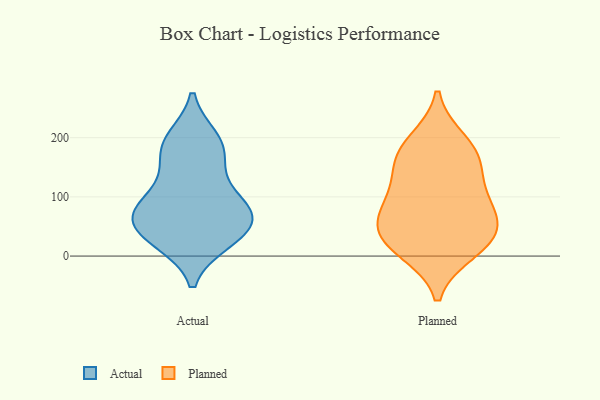
{"axis": {"x": "Demand Index", "y": "Value"}, "legend": ["Actual", "Planned"], "data": [{"x": "", "y": 82, "type": "Actual"}, {"x": "", "y": 24, "type": "Actual"}, {"x": "", "y": 28, "type": "Actual"}, {"x": "", "y": 196, "type": "Actual"}, {"x": "", "y": 63, "type": "Actual"}, {"x": "", "y": 133, "type": "Actual"}, {"x": "", "y": 26, "type": "Actual"}, {"x": "", "y": 62, "type": "Actual"}, {"x": "", "y": 101, "type": "Actual"}, {"x": "", "y": 53, "type": "Actual"}, {"x": "", "y": 165, "type": "Actual"}, {"x": "", "y": 77, "type": "Actual"}, {"x": "", "y": 181, "type": "Actual"}, {"x": "", "y": 199, "type": "Actual"}, {"x": "", "y": 76, "type": "Actual"}, {"x": "", "y": 166, "type": "Planned"}, {"x": "", "y": 27, "type": "Planned"}, {"x": "", "y": 84, "type": "Planned"}, {"x": "", "y": 10, "type": "Planned"}, {"x": "", "y": 90, "type": "Planned"}, {"x": "", "y": 39, "type": "Planned"}, {"x": "", "y": 70, "type": "Planned"}, {"x": "", "y": 170, "type": "Planned"}, {"x": "", "y": 193, "type": "Planned"}, {"x": "", "y": 134, "type": "Planned"}, {"x": "", "y": 28, "type": "Planned"}]}